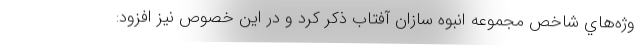
وژه‌هاي شاخص مجموعه انبوه سازان آفتاب ذكر كرد و در اين خصوص نيز افزود: